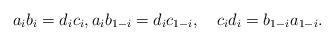
LaTeX: \begin{align*}a_ib_i=d_ic_i, a_ib_{1-i}=d_ic_{1-i},\quad c_id_i=b_{1-i}a_{1-i}.\end{align*}